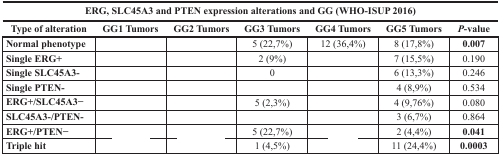
<table><thead><tr><td colspan="7"><b>ERG, SLC45A3 and PTEN expression alterations and GG (WHO-ISUP 2016)</b></td></tr><tr><td><b>Type of alteration</b></td><td><b>GG1 Tumors</b></td><td><b>GG2 Tumors</b></td><td><b>GG3 Tumors</b></td><td><b>GG4 Tumors</b></td><td><b>GG5 Tumors</b></td><td><b><i>P</i>-value</b></td></tr></thead><tbody><tr><td><b>Normal phenotype</b></td><td>[EMPTY_CELL]</td><td>[EMPTY_CELL]</td><td>5 (22,7%)</td><td>12 (36,4%)</td><td>8 (17,8%)</td><td><b>0.007</b></td></tr><tr><td><b>Single ERG+</b></td><td>[EMPTY_CELL]</td><td>[EMPTY_CELL]</td><td>2 (9%)</td><td>[EMPTY_CELL]</td><td>7 (15,5%)</td><td>0.190</td></tr><tr><td><b>Single SLC45A3-</b></td><td>[EMPTY_CELL]</td><td>[EMPTY_CELL]</td><td>0</td><td>[EMPTY_CELL]</td><td>6 (13,3%)</td><td>0.246</td></tr><tr><td><b>Single PTEN-</b></td><td>[EMPTY_CELL]</td><td>[EMPTY_CELL]</td><td>[EMPTY_CELL]</td><td>[EMPTY_CELL]</td><td>4 (8,9%)</td><td>0.534</td></tr><tr><td><b>ERG+/SLC45A3−</b></td><td>[EMPTY_CELL]</td><td>[EMPTY_CELL]</td><td>5 (2,3%)</td><td>[EMPTY_CELL]</td><td>4 (9,76%)</td><td>0.080</td></tr><tr><td><b>SLC45A3-/PTEN-</b></td><td>[EMPTY_CELL]</td><td>[EMPTY_CELL]</td><td>[EMPTY_CELL]</td><td>[EMPTY_CELL]</td><td>3 (6,7%)</td><td>0.864</td></tr><tr><td><b>ERG+/PTEN−</b></td><td>[EMPTY_CELL]</td><td>[EMPTY_CELL]</td><td>5 (22,7%)</td><td>[EMPTY_CELL]</td><td>2 (4,4%)</td><td><b>0.041</b></td></tr><tr><td><b>Triple hit</b></td><td>[EMPTY_CELL]</td><td>[EMPTY_CELL]</td><td>1 (4,5%)</td><td>[EMPTY_CELL]</td><td>11 (24,4%)</td><td><b>0.0003</b></td></tr></tbody></table>